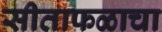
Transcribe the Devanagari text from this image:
सीताफळाचा